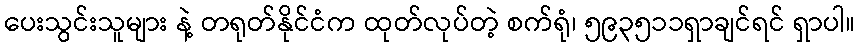
ပေးသွင်းသူများ နဲ့ တရုတ်နိုင်ငံက ထုတ်လုပ်တဲ့ စက်ရုံ၊ ၅၉၃၅၁၁ရှာချင်ရင် ရှာပါ။